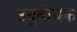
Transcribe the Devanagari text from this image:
उद्‍बोधक